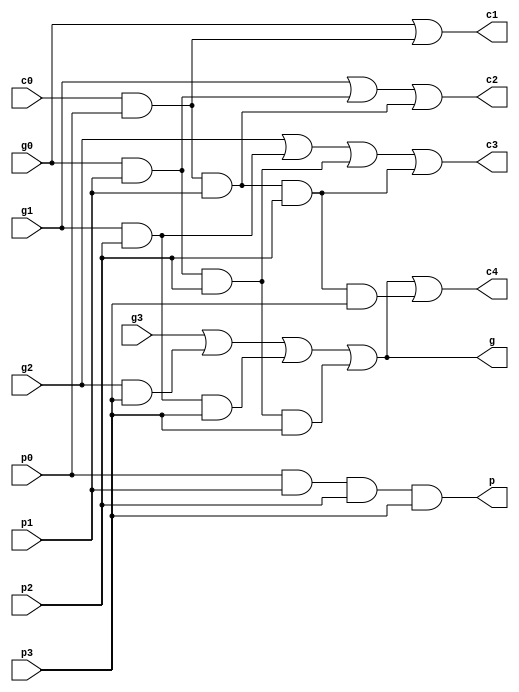
/* Lookahead Carry Unit (LCU) */
module LCU(
  input wire c0,
  
  input wire p0,
  input wire p1,
  input wire p2,
  input wire p3,
  
  input wire g0,
  input wire g1,
  input wire g2,
  input wire g3,
  
  output wire c1,
  output wire c2,
  output wire c3,
  output wire c4,
  
  output wire p,
  output wire g
);

// Internal Connections
wire c0p0, c0p0p1, c0p0p1p2, c0p0p1p2p3;
wire g0p1, g0p1p2, g0p1p2p3;
wire g1p2, g1p2p3;
wire g2p3;

// Gate-level Combinational Logic Design
and #(1) and0 (c0p0, c0, p0);
and #(1) and1 (c0p0p1, c0, p0, p1);
and #(1) and2 (c0p0p1p2, c0, p0, p1, p2);
and #(1) and3 (c0p0p1p2p3, c0, p0, p1, p2, p3);

and #(1) and4 (g0p1, g0, p1);
and #(1) and5 (g0p1p2, g0, p1, p2);
and #(1) and6 (g0p1p2p3, g0, p1, p2, p3);

and #(1) and7 (g1p2, g1, p2);
and #(1) and8 (g1p2p3, g1, p2, p3);

and #(1) and9 (g2p3, g2, p3);

or  #(1) or0  (c1, g0, c0p0);
or  #(1) or1  (c2, g1, g0p1, c0p0p1);
or  #(1) or2  (c3, g2, g1p2, g0p1p2, c0p0p1p2);
or  #(1) or3  (c4, g3, g2p3, g1p2p3, g0p1p2p3, c0p0p1p2p3);

and #(1) andA (p, p0, p1, p2, p3);
or  #(1) or4  (g, g3, g2p3, g1p2p3, g0p1p2p3);

endmodule